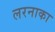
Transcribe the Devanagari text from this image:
लरनाका